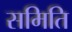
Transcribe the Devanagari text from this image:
समिति